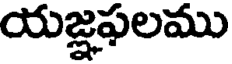
యజ్ఞఫలము